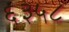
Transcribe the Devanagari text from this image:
६३५८